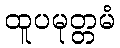
ထူပမုတ္တမံ